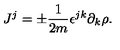
J ^ { j } = \pm \frac { 1 } { 2 m } \epsilon ^ { j k } \partial _ { k } \rho .